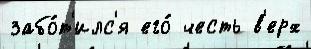
забо́т'илс'я его́ честь в'ерх